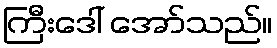
ကြီးဒေါ် အော်သည်။